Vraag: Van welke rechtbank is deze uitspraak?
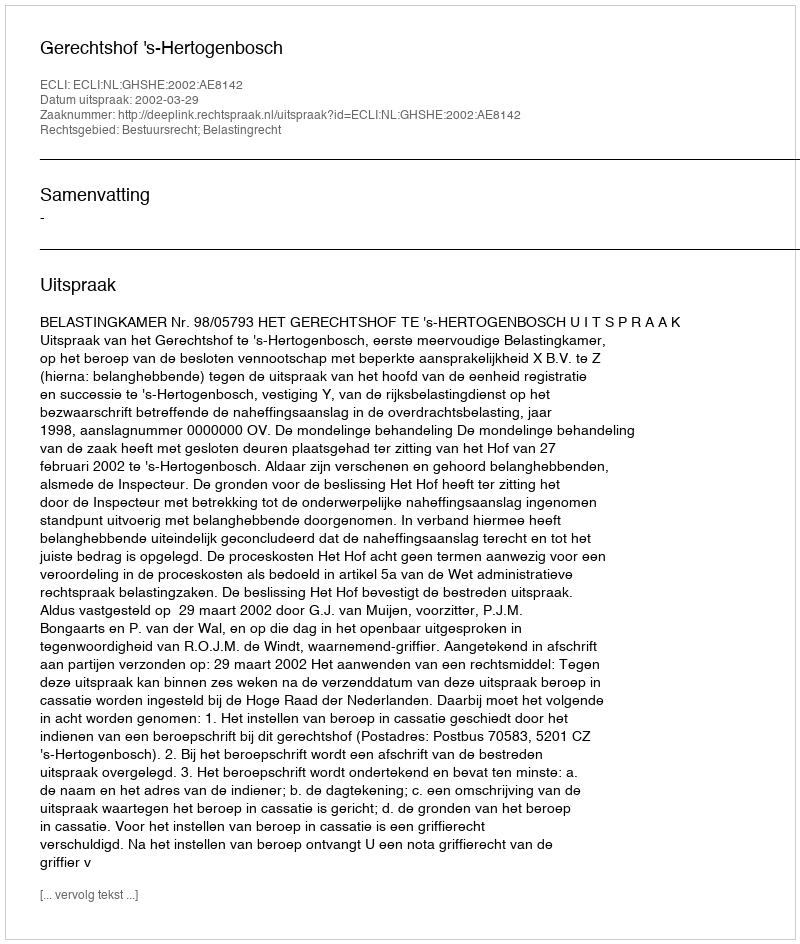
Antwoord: Gerechtshof 's-Hertogenbosch